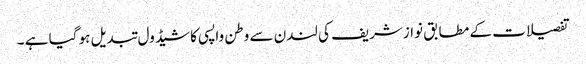
تفصیلات کے مطابق نوازشریف کی لندن سے وطن واپسی کا شیڈول تبدیل ہو گیا ہے ۔